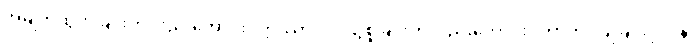
အမျက်ထွက်ခြင်းကိုလည်းကောင်း။ ဣဿာ ဝါ၊ ငြူစူခြင်းကိုလည်းကောင်း။ ကာတုံ၊ ပြုခြင်းငှာ။ န